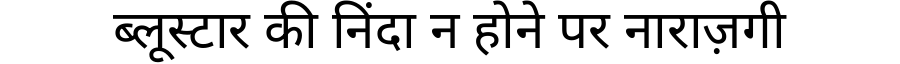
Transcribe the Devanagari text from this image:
ब्लूस्टार की निंदा न होने पर नाराज़गी